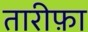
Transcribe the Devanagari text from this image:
तारीफ़ा